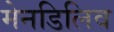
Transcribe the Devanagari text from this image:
मेनडिलिव